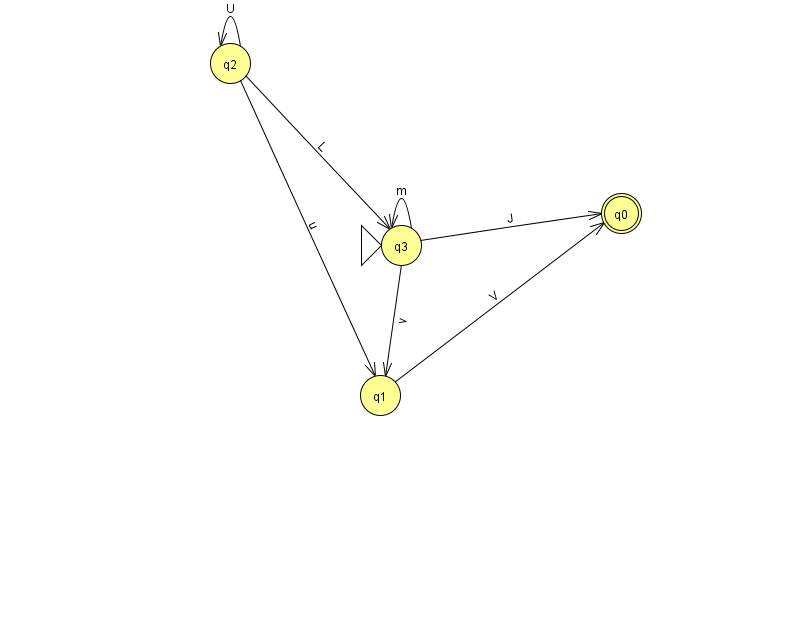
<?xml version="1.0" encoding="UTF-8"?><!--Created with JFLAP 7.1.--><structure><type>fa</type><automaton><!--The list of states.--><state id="0" name="q0"><x>621.0</x><y>200.0</y><final/></state><state id="1" name="q1"><x>380.0</x><y>382.0</y></state><state id="2" name="q2"><x>230.0</x><y>50.0</y></state><state id="3" name="q3"><x>401.0</x><y>232.0</y><initial/></state><!--The list of transitions.--><transition><from>3</from><to>1</to><read>v</read></transition><transition><from>2</from><to>2</to><read>U</read></transition><transition><from>3</from><to>0</to><read>J</read></transition><transition><from>2</from><to>3</to><read>L</read></transition><transition><from>2</from><to>1</to><read>u</read></transition><transition><from>3</from><to>3</to><read>m</read></transition><transition><from>1</from><to>0</to><read>V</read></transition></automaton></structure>